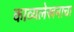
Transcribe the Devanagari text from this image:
काव्यलेखनाचा